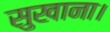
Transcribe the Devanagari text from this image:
सुखाना।